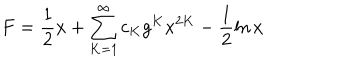
F = \frac { 1 } { 2 } x + \sum _ { K = 1 } ^ { \infty } c _ { K } g ^ { K } x ^ { 2 K } - \frac { 1 } { 2 } \ln x